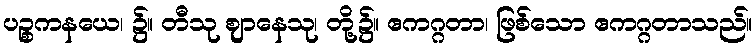
ပဉ္စကနယေ၊ ၌။ တီသု ဈာနေသု၊ တို့၌။ ဧကဂ္ဂတာ၊ ဖြစ်သော ဧကဂ္ဂတာသည်။